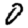
Digit: 0